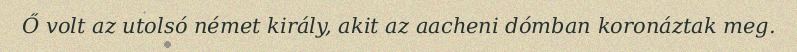
Ő volt az utolsó német király, akit az aacheni dómban koronáztak meg.